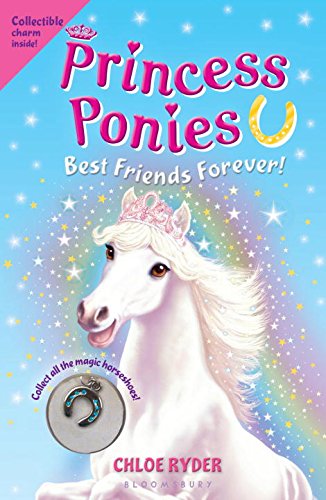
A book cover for Princess Ponies 6: Best Friends Forever!; Chloe Ryder; Children's Books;